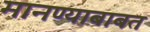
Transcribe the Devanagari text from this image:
मानण्याबाबत